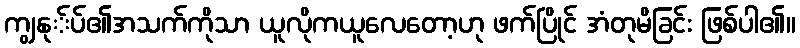
ကျွနု်ပ်၏အသက်ကိုသာ ယူလိုကယူလေတော့ဟု ဖက်ပြိုင် အံတုမိခြင်း ဖြစ်ပါ၏။